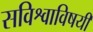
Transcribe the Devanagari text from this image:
सविश्वाविषयी